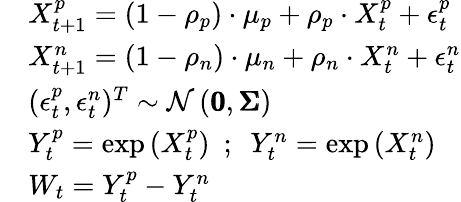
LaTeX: \begin{array}{rl}&{X_{t+1}^{p}=\left(1-\rho_{p}\right)\cdot\mu_{p}+\rho_{p}\cdot X_{t}^{p}+\epsilon_{t}^{p}}\\ &{X_{t+1}^{n}=\left(1-\rho_{n}\right)\cdot\mu_{n}+\rho_{n}\cdot X_{t}^{n}+\epsilon_{t}^{n}}\\ &{(\epsilon_{t}^{p},\epsilon_{t}^{n})^{T}\sim\mathcal{N}\left(\pmb{0},\pmb{\Sigma}\right)}\\ &{Y_{t}^{p}=\mathrm{exp}\left(X_{t}^{p}\right)\ \ ;\ \ Y_{t}^{n}=\mathrm{exp}\left(X_{t}^{n}\right)}\\ &{W_{t}=Y_{t}^{p}-Y_{t}^{n}}\end{array}